Annual report of the Punjab Veterinary College and of the Civil Veterinary Department, Punjab - 1894-1908
Year: 1894
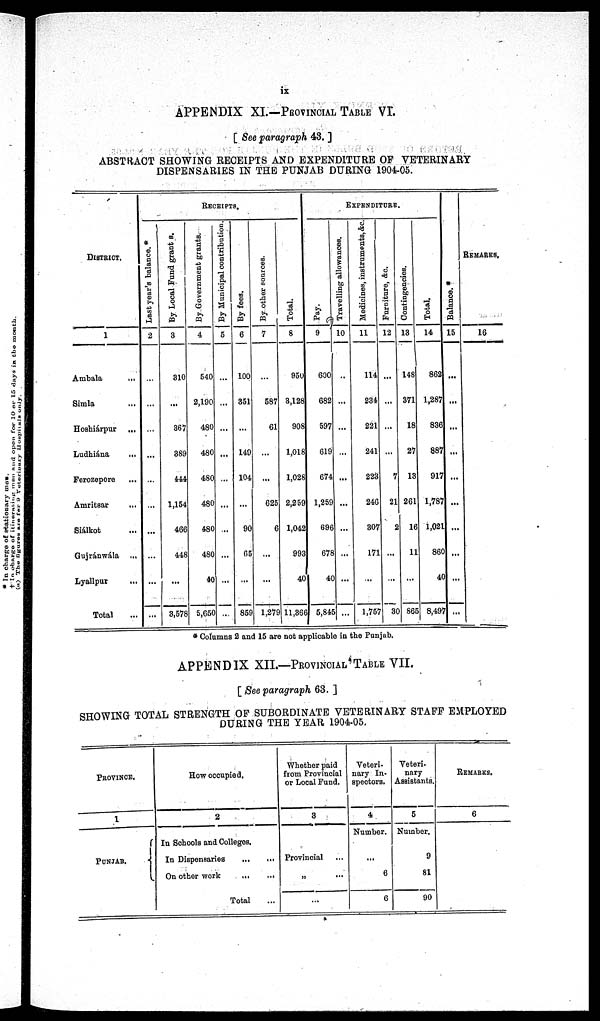
ix
APPENDIX XL—PROVINCIAL TABLE VI.
[ See paragraph 43. ]
ABSTRACT SHOWING RECEIPTS AND EXPENDITURE OF VETERINARY
DISPENSARIES IN THE PUNJAB DURING 1904-05.
DISTRICT.
1
Ambala
...
Simla ...
Hoshiárpur ...
Ludhiána
...
Ferozepore ...
Amritsar
...
Siálkot ...
Gujránwála ...
Lyallpur ...
Total
RECEIPTS.
Last year's balance.*
2
...
...
...
...
...
...
...
...
...
...
By Local Fund grants.
3
310
...
367
389
444
1,154
466
448
...
3,578
By Government grants.
4
540
2,190
480
480
480
480
480
480
40
5,650
By Municipal contribution.
5
...
...
...
...
...
...
...
...
...
...
By fees.
6
100
351
...
149
104
...
90
65
...
859
By other sources.
7
...
587
61
...
...
625
6
...
...
1,279
Total.
8
950
3,128
908
1,018
1,028
2,259
1,042
993
40
11,366
EXPENDITURE.
Pay.
9
600
682
597
619
674
1,259
696
678
40
5,845
Travelling allowances.
10
...
...
...
...
...
...
...
...
...
...
Medicines, instruments, &c.
11
114
234
221
241
223
246
307
171
...
1,757
Furniture, &c.
12
...
...
...
...
7
21
2
...
...
30
Contingencies.
13
148
371
18
27
13
261
16
11
...
865
Total.
14
862
1,287
836
887
917
1,787
1,021
860
40
8,497
Balance. *
15
...
...
...
...
...
...
...
...
...
...
REMARKS.
16
* Columns 2 and 15 are not applicable in the Punjab.
APPENDIX XII.—PROVINCIAL TABLE VII.
[ See paragraph 63. ]
SHOWING TOTAL STRENGTH OF SUBORDINATE VETERINARY STAFF EMPLOYED
DURING THE YEAR 1904-05.
PROVINCE.
1
PUNJAB.
How occupied.
2
In Schools and Colleges.
In Dispensaries
...
...
On other work
...
...
Total
Whether paid
from Provincial
or Local Fund.
3
Provincial
„ ...
Veteri-
nary In-
spectors.
4
Number.
...
6
6
Veteri.
nary
Assistants.
5
Number.
9
81
90
REMARKS.
6